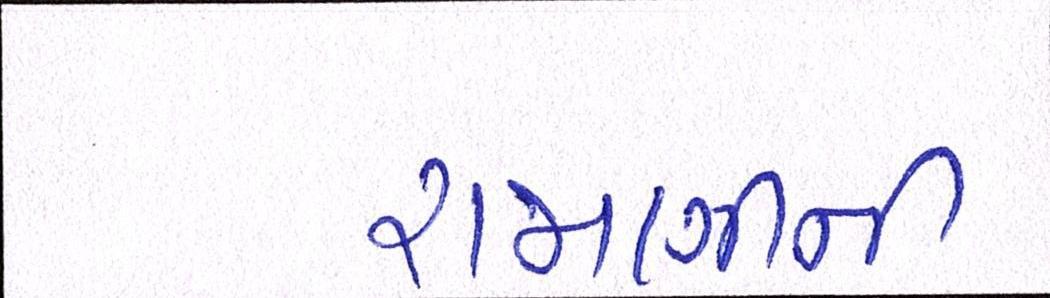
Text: રાજાણીની